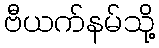
ဗီယက်နမ်သို့